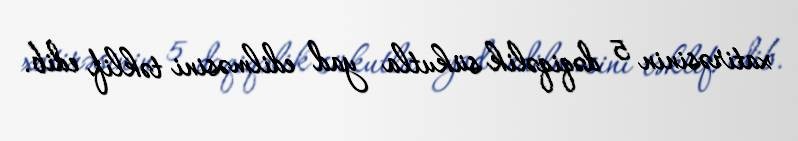
xatirəsinin 5 dəqiqəlik sükutla yad edilməsini təklif edib.